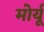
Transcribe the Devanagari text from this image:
मोर्यू